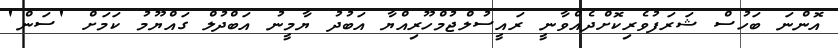
އޮންނަ ބަހުސް ޝަރަފުވެރިކޮށްދެއްވާނީ ރައީސުލްޖުމްހޫރިއްޔާ އަަބުދު ޔާމީނު އަބްދުލް ގައްޔޫމު ކަަމަށް 'ސަން'